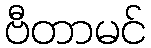
ဗီတာမင်